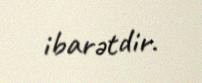
ibarətdir.